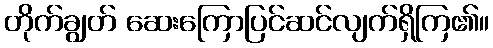
တိုက်ချွတ် ဆေးကြောပြင်ဆင်လျက်ရှိကြ၏။